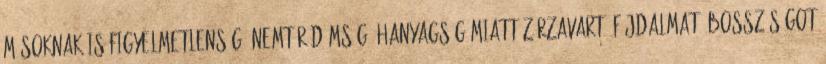
másoknak is figyelmetlenség, nemtörődömség, hanyagság miatt zűrzavart, fájdalmat, bosszúságot